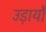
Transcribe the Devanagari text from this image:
उड़ायौ